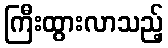
ကြီးထွားလာသည့်